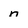
Character: n